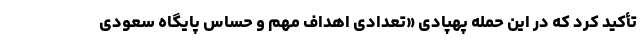
تأکید کرد که در این حمله پهپادی «تعدادی اهداف مهم و حساس پایگاه سعودی